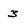
Character: 3